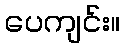
ပေကျင်း။